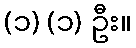
(၁) (၁) ဦး။